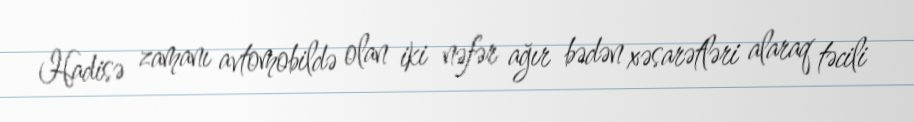
Hadisə zamanı avtomobildə olan iki nəfər ağır bədən xəsarətləri alaraq təcili